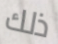
ذلك